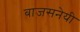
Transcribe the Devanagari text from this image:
बाजसनेयी